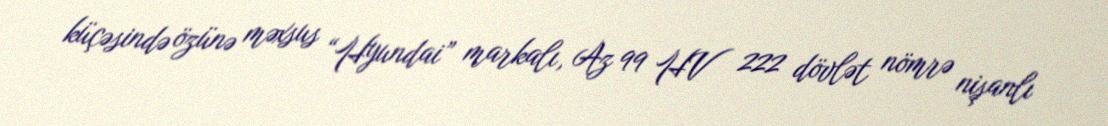
küçəsində özünə məxsus “Hyundai” markalı, Az 99 HV 222 dövlət nömrə nişanlı